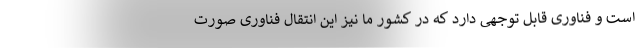
است و فناوری قابل توجهی دارد که در کشور ما نیز این انتقال فناوری صورت